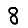
Digit: 8